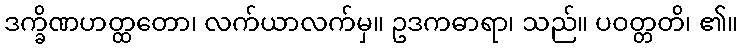
ဒက္ခိဏဟတ္ထတော၊ လက်ယာလက်မှ။ ဥဒကဓာရာ၊ သည်။ ပဝတ္တတိ၊ ၏။